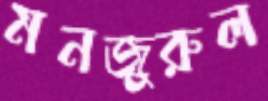
মনজুরুল